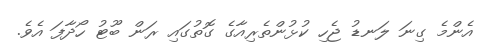
އެންމެ ގިނަ ލަނޑު ޖެހި ކުޅުންތެރިއާގެ ގޮތުގައި ރަން ބޫޓު ހޯދާފަ އެވެ.